Lunatic asylums Madras 1877-1891 - 1877-1891
Year: 1877
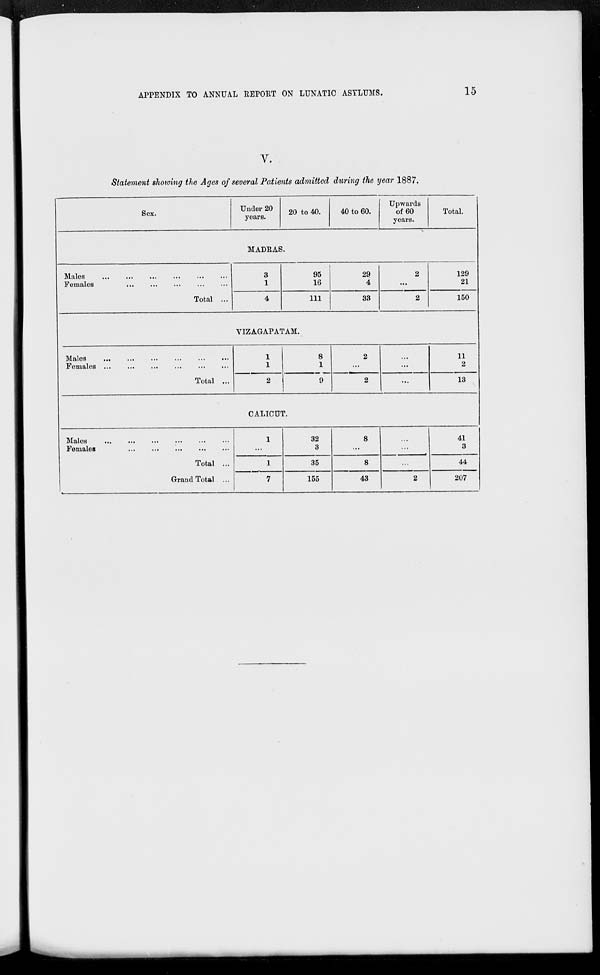
APPENDIX TO ANNUAL REPORT ON LUNATIC ASYLUMS.
15
V.
Statement showing the Ages of several Patients admitted during the year 1887.
Sex.
Under 20
years.
20 to 40.
40 to 60.
Upwards
of 60
years.
Total.
MADRAS.
Males
...
...
...
...
...
...
Females
...
...
...
...
...
Total ...
3
1
4
95
16
111
29
4
33
2
...
2
129
21
150
VIZAGAPATAM.
Males
...
...
...
...
...
...
Females ...
...
...
...
...
...
Total ...
1
1
2
8
1
9
2
...
2
...
...
...
11
2
13
CALICUT.
Males
...
...
...
...
...
...
Female
...
...
...
...
...
Total ...
Grand Total ...
1
...
1
7
32
3
35
155
8
...
8
43
...
...
...
2
41
3
44
207